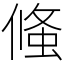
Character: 䖺